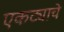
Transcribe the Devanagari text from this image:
एकट्याचे